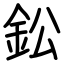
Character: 鈆